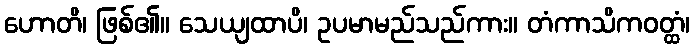
ဟောတိ၊ ဖြစ်၏။ သေယျထာပိ၊ ဥပမာမည်သည်ကား။ တံကာသိကဝတ္ထံ၊